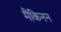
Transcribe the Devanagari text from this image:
मैकिनन